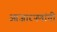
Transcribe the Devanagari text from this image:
आजारपणांनी